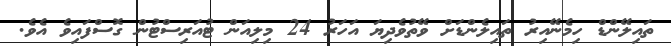
ތައިލޭންޑް ހިމެނޭއިރު ތައިލެންޑަށް ވޭތުވެދިޔަ އަހަރު 24 މިލިއަން ޓުއަރިސްޓުން ގޮސްފައިވެ އެވެ.